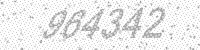
Solution: 964342